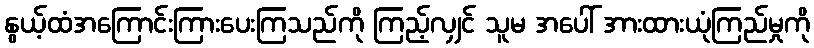
နွယ့်ထံအကြောင်းကြားပေးကြသည်ကို ကြည့်လျှင် သူမ အပေါ် အားထားယုံကြည်မှုကို